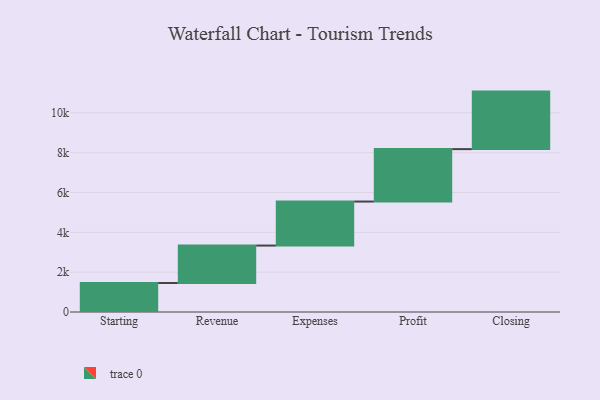
{"axis": {"x": "Step", "y": "Value"}, "legend": [""], "data": [{"x": "Starting", "y": 1457.0, "type": ""}, {"x": "Revenue", "y": 1880.0, "type": ""}, {"x": "Expenses", "y": 2210.0, "type": ""}, {"x": "Profit", "y": 2633.0, "type": ""}, {"x": "Closing", "y": 2889.0, "type": ""}]}